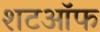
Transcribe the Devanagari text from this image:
शटऑफ